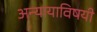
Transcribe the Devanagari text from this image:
अन्यायाविषयी